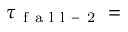
\tau _ { \mathrm { ~ f ~ a ~ l ~ l ~ - ~ 2 ~ } } =